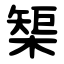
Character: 榘